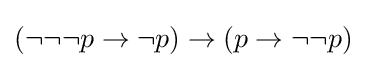
(\neg \neg \neg p\to \neg p)\to (p\to \neg \neg p)